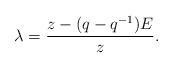
LaTeX: \begin{align*} \lambda = \frac{z - (q-q^{-1}) E}{z}. \end{align*}